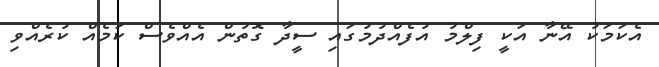
އެކަމަކު އޭނާ އަކީ ފިލްމު އުފެއްދުމުގައި ސީދާ ގޮތުން އެއްވެސް ކަމެއް ކުރެއްވި